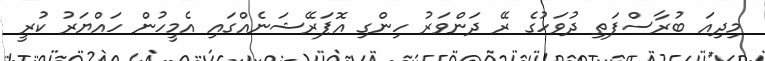
މިދިއަ ބުރާސްފަތި ދުވަހުގެ ރޭ ދަންވަރު ހިންގި އޮޕަރޭޝަނެއްގައި އެމީހުން ހައްޔަރު ކުރީ